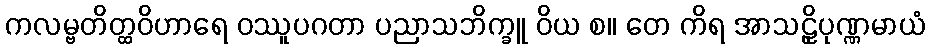
ကလမ္ဗတိတ္ထဝိဟာရေ ဝဿူပဂတာ ပညာသဘိက္ခူ ဝိယ စ။ တေ ကိရ အာသဠှိပုဏ္ဏမာယံ